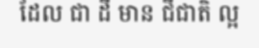
ដែល ជា ដី មាន ជីជាតិ ល្អ